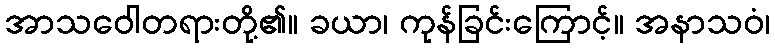
အာသဝေါတရားတို့၏။ ခယာ၊ ကုန်ခြင်းကြောင့်။ အနာသဝံ၊